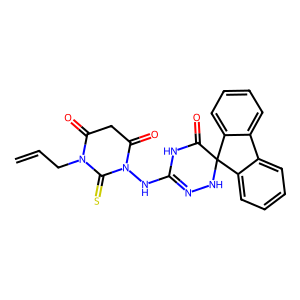
SMILES: C=CCN1C(=O)CC(=O)N(NC2=NNC3(C(=O)N2)c2ccccc2-c2ccccc23)C1=S
Inhibits HIV replication: No